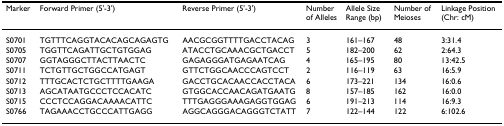
<table><thead><tr><td><b>Marker</b></td><td><b>Forward Primer (5&#x27;-3&#x27;)</b></td><td><b>Reverse Primer (5&#x27;-3&#x27;)</b></td><td><b>Number of Alleles</b></td><td><b>Allele Size Range (bp)</b></td><td><b>Number of Meioses</b></td><td><b>Linkage Position (Chr: cM)</b></td></tr></thead><tbody><tr><td>S0701</td><td>TGTTTCAGGTACACAGCAGAGTG</td><td>AACGCGGTTTTGACCTACAG</td><td>3</td><td>161–167</td><td>48</td><td>3:31.4</td></tr><tr><td>S0705</td><td>TGGTTCAGATTGCTGTGGAG</td><td>ATACCTGCAAACGCTGACCT</td><td>5</td><td>182–200</td><td>62</td><td>2:64.3</td></tr><tr><td>S0707</td><td>GGTAGGGCTTACTTAACTC</td><td>GAGAGGGATGAGAATCAG</td><td>4</td><td>165–195</td><td>80</td><td>13:42.5</td></tr><tr><td>S0711</td><td>TCTGTTGCTGGCCATGAGT</td><td>GTTCTGGCAACCCAGTCCT</td><td>2</td><td>116–119</td><td>63</td><td>16:5.9</td></tr><tr><td>S0712</td><td>TTTGCACTCTGCTTTTGAAGA</td><td>GACCTGCACAACCACCTACA</td><td>6</td><td>173–221</td><td>134</td><td>16:0.6</td></tr><tr><td>S0713</td><td>AGCATAATGCCCTCCACATC</td><td>GTGGCACCAACAGATGAATG</td><td>8</td><td>157–185</td><td>162</td><td>16:0.0</td></tr><tr><td>S0715</td><td>CCCTCCAGGACAAAACATTC</td><td>TTTGAGGGAAAGAGGTGGAG</td><td>6</td><td>191–213</td><td>114</td><td>16:9.3</td></tr><tr><td>S0766</td><td>TAGAAACCTGCCCATTGAGG</td><td>AGGCAGGGACAGGGTCTATT</td><td>7</td><td>122–144</td><td>122</td><td>6:102.6</td></tr></tbody></table>